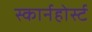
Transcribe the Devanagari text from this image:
स्कार्नहोर्स्ट